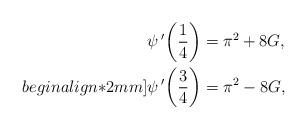
LaTeX: \begin{align*}&\psi\,'\bigg(\frac{1}{4}\bigg)=\pi^2+8G, \\begin{align*}2mm]&\psi\,'\bigg(\frac{3}{4}\bigg)=\pi^2-8G, \end{align*}